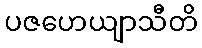
ပဇဟေယျာသီတိ